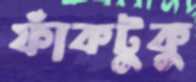
ফাঁকটুকু